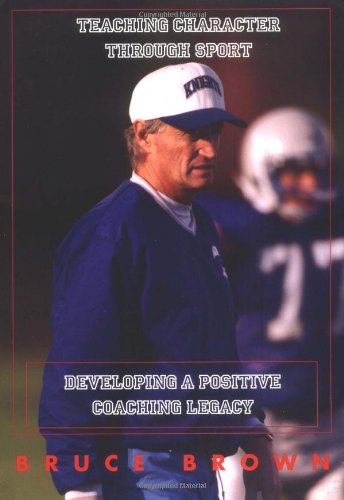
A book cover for Teaching Character Through Sport: Developing a Positive Coaching Legacy; Bruce Eamon Brown; Sports & Outdoors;